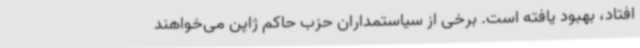
افتاد، بهبود یافته است. برخی از سیاستمداران حزب حاکم ژاپن می‌خواهند